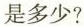
是多少?